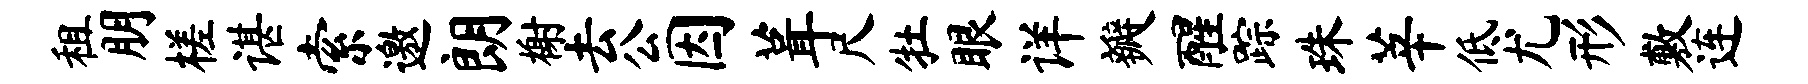
租朋槎谌索邀朗榭去公因葺尺牡眼详瓣醒踪珠莘低尤形敷连